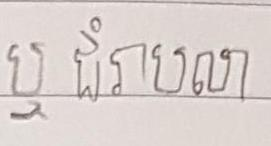
ឬ ជំរាបលា